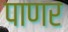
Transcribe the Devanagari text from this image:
पाणर